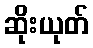
ဆိုးယုတ်